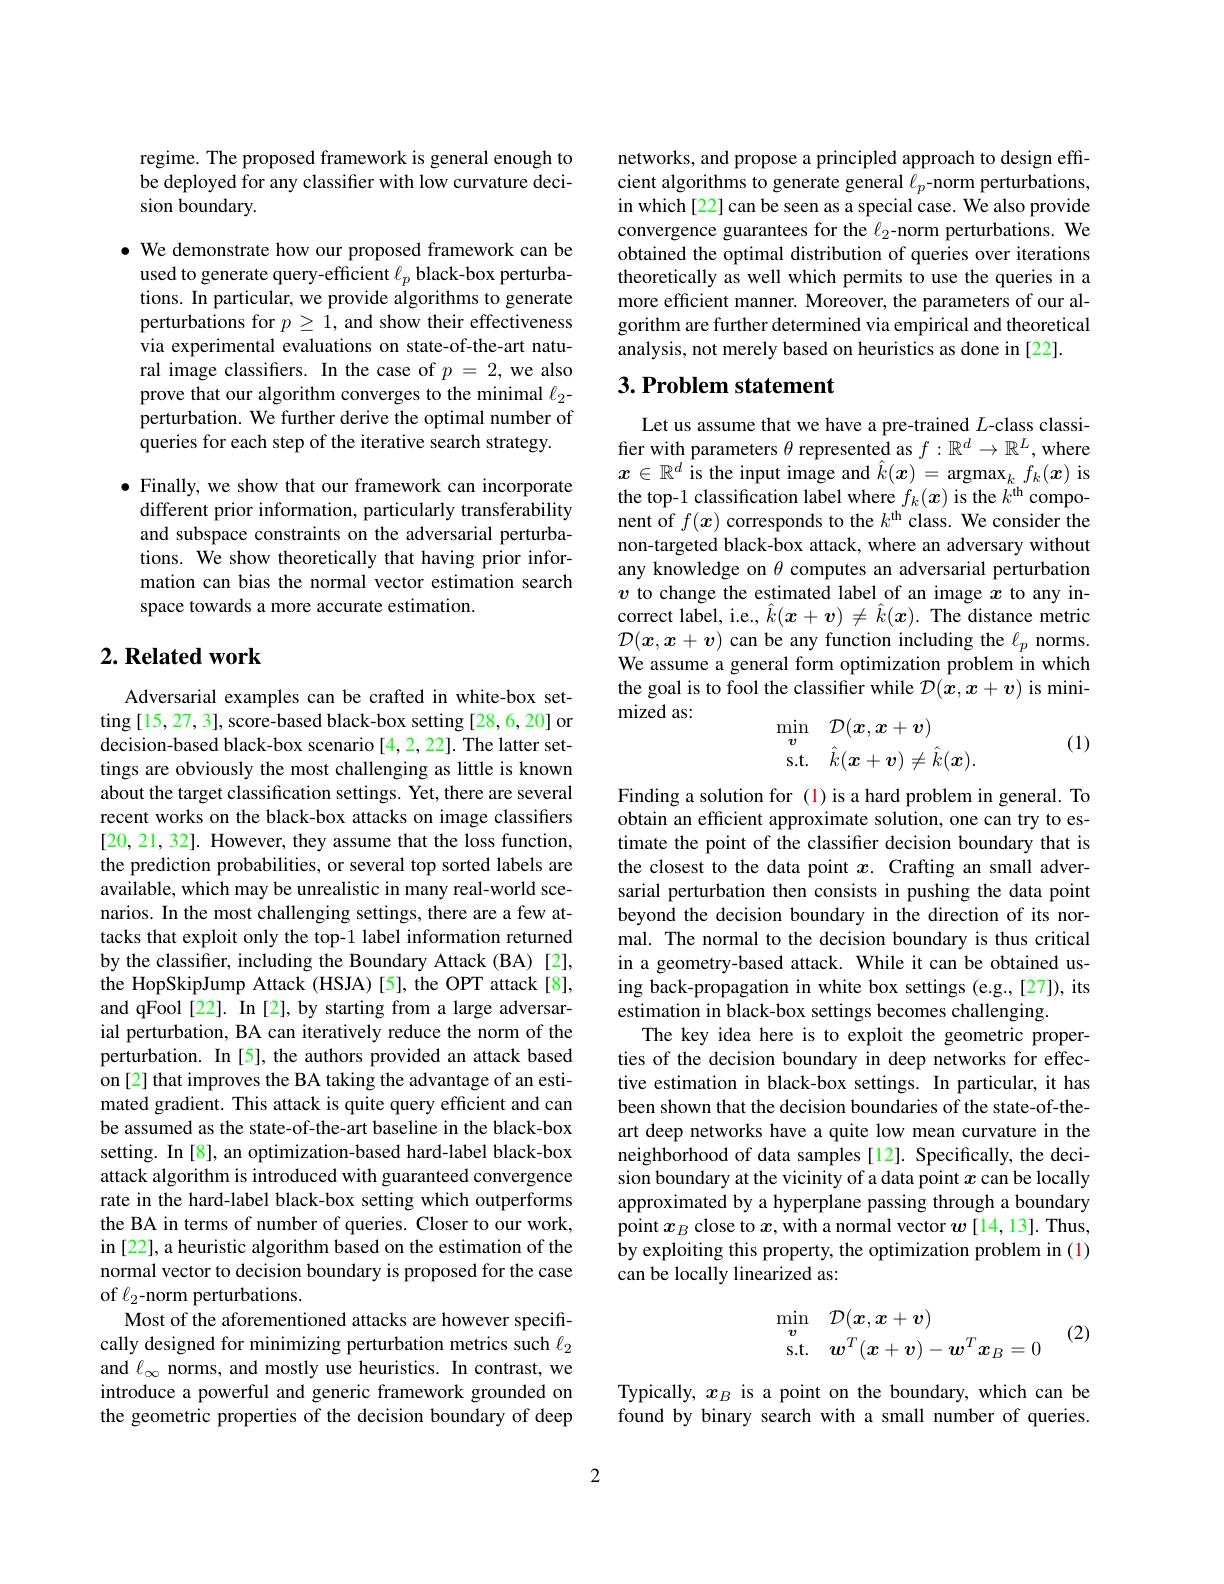
regime. The proposed framework is general enough to be deployed for any classifier with low curvature decision boundary.

· We demonstrate how our proposed framework can be
used to generate query-efficient $\ell_p$ black-box perturbations. In particular, we provide algorithms to generate perturbations for $p\geq1$, and show their effectiveness via experimental evaluations on state-of-the-art natural image classifiers. In the case of $p=2$, we also prove that our algorithm converges to the minimal $\ell_{2}$- perturbation. We further derive the optimal number of queries for each step of the iterative search strategy.

$\bullet$ Finally, we show that our framework can incorporate
different prior information, particularly transferability and subspace constraints on the adversarial perturbations. We show theoretically that having prior information can bias the normal vector estimation search space towards a more accurate estimation.

## $2. \textbf{ Related work}$

Adversarial examples can be crafted in white-box setting [15,27,3], score-based black-box setting [28,6,20] or decision-based black-box scenario [4,2,22]. The latter settings are obviously the most challenging as little is known about the target classification settings. Yet, there are several recent works on the black-box attacks on image classifiers [20,21,32]. However, they assume that the loss function, the prediction probabilities, or several top sorted labels are available, which may be unrealistic in many real-world scenarios. In the most challenging settings, there are a few attacks that exploit only the top-1 label information returned by the classifier, including the Boundary Attack (BA) [2], the HopSkipJump Attack (HSJA) [5], the OPT attack[8], and qFool [22]. In [2], by starting from a large adversarial perturbation, BA can iteratively reduce the norm of the perturbation. In[5], the authors provided an attack based on [2] that improves the BA taking the advantage of an estimated gradient. This attack is quite query efficient and can be assumed as the state-of-the-art baseline in the black-box setting. In [8], an optimization-based hard-label black-box attack algorithm is introduced with guaranteed convergence rate in the hard-label black-box setting which outperforms the BA in terms of number of queries. Closer to our work, in [22], a heuristic algorithm based on the estimation of the normal vector to decision boundary is proposed for the case of $\ell_{2}$-norm perturbations.
Most of the aforementioned attacks are however specifically designed for minimizing perturbation metrics such $\ell_2$ and $\ell_\infty$ norms, and mostly use heuristics. In contrast, we introduce a powerful and generic framework grounded on the geometric properties of the decision boundary of deep

networks, and propose a principled approach to design effcient algorithms to generate general $\ell_p$-norm perturbations, in which[22] can be seen as a special case. We also provide convergence guarantees for the $\ell_2$-norm perturbations. We obtained the optimal distribution of queries over iterations theoretically as well which permits to use the queries in a more efficient manner. Moreover, the parameters of our algorithm are further determined via empirical and theoretical analysis, not merely based on heuristics as done in [22].

## $3. \textbf{Problem statement}$

Let us assume that we have a pre-trained $L$-class classifier with parameters $\theta$ represented as $f:\mathbb{R}^d\to\mathbb{R}^L$, where $x\in\mathbb{R}^d$ is the input image and $\hat k(\boldsymbol x)=$ argmax$_kf_k(\boldsymbol x)$ is the top-1 classification label where $f_k(x)$ is the $k^\mathrm{th}$ component of $f(x)$ corresponds to the $k^\mathrm{th}$ class. We consider the non-targeted black-box attack, where an adversary without any knowledge on $\theta$ computes an adversarial perturbation $v$ to change the estimated label of an image $x$ to any incorrect label, i.e., $\hat{k}(\boldsymbol{x}+\boldsymbol{v})\neq\hat{k}(\boldsymbol{x}).$ The distance metric $\mathcal{D}(x,x+\boldsymbol{v})$ can be any function including the $\ell_p$ norms. We assume a general form optimization problem in which the goal is to fool the classifier while $\mathcal{D}(x,x+v)$ is minimized as:
$$\begin{aligned}\min_{\boldsymbol{v}}&\mathcal{D}(\boldsymbol{x},\boldsymbol{x}+\boldsymbol{v})\\\mathrm{s.t.}&\hat{k}(\boldsymbol{x}+\boldsymbol{v})\neq\hat{k}(\boldsymbol{x}).\end{aligned}$$
(1)

Finding a solution for (1) is a hard problem in general. To obtain an efficient approximate solution, one can try to estimate the point of the classifier decision boundary that is the closest to the data point $x.$ Crafting an small adversarial perturbation then consists in pushing the data point beyond the decision boundary in the direction of its normal. The normal to the decision boundary is thus critical in a geometry-based attack. While it can be obtained using back-propagation in white box settings (e.g.,[27]), its estimation in black-box settings becomes challenging.
The key idea here is to exploit the geometric properties of the decision boundary in deep networks for effective estimation in black-box settings. In particular, it has been shown that the decision boundaries of the state-of-theart deep networks have a quite low mean curvature in the neighborhood of data samples[12]. Specifically, the decision boundary at the vicinity of a data point $x$ can be locally approximated by a hyperplane passing through a boundary point $x_B$ close to $x$, with a normal vector $w$ [14, 13]. Thus, by exploiting this property, the optimization problem in (1) can be locally linearized as:
$$\begin{array}{rl}\min\limits_{\boldsymbol{v}}&\mathcal{D}(\boldsymbol{x},\boldsymbol{x}+\boldsymbol{v})\\\mathrm{s.t.}&\boldsymbol{w}^{T}(\boldsymbol{x}+\boldsymbol{v})-\boldsymbol{w}^{T}\boldsymbol{x}_{B}=0\end{array}\quad(2)$$
Typically, $x_B$ is a point on the boundary, which can be found by binary search with a small number of queries.

2